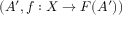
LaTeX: ( A ^ { \prime } , f : X \to F ( A ^ { \prime } ) )